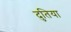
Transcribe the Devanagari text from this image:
दुतिया